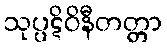
သုပ္ပဋိဝိနီတတ္တာ